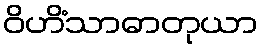
ဝိဟိံသာဓာတုယာ